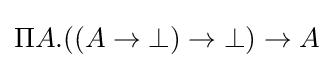
\Pi A.((A\to \bot )\to \bot )\to A